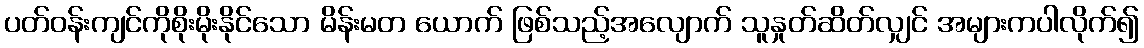
ပတ်ဝန်းကျင်ကိုစိုးမိုးနိုင်သော မိန်းမတ ယောက် ဖြစ်သည့်အလျောက် သူနှုတ်ဆိတ်လျှင် အများကပါလိုက်၍